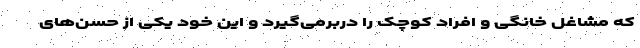
که مشاغل خانگی و افراد کوچک را دربرمی‌گیرد و این خود یکی از حسن‌های